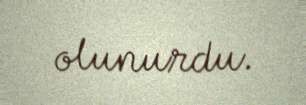
olunurdu.